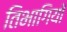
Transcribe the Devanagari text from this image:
तिभागियों